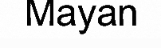
Mayan